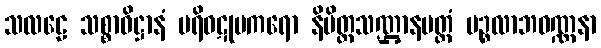
သလဠေ သစ္စာဓိဋ္ဌာနံ ပရိဝဋုမကရော နိမိတ္တသဏ္ဌာနမတ္တံ ပဉ္စလာဘဝဏ္ဏနာ